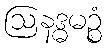
ဩနဒ္ဓမဉ္စံ